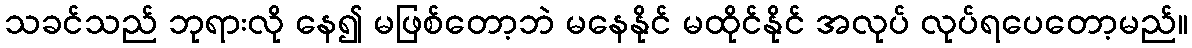
သခင်သည် ဘုရားလို နေ၍ မဖြစ်တော့ဘဲ မနေနိုင် မထိုင်နိုင် အလုပ် လုပ်ရပေတော့မည်။